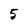
Character: 5